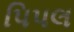
પિપલ